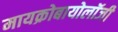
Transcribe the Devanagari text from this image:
मायक्रोबायोलॉजी